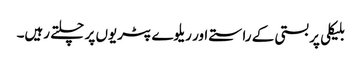
بلیکلی پر بستی کے راستے اور ریلوے پٹریوں پر چلتے رہیں۔